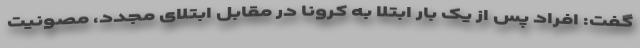
گفت: افراد پس از یک بار ابتلا به کرونا در مقابل ابتلای مجدد، مصونیت